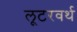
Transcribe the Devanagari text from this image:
लूटरवर्थ